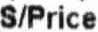
S/PRICE